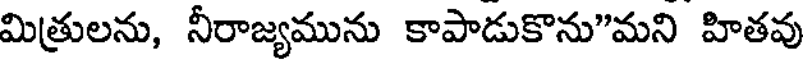
మిత్రులను, నీరాజ్యమును కాపాడుకొను"మని హితవు